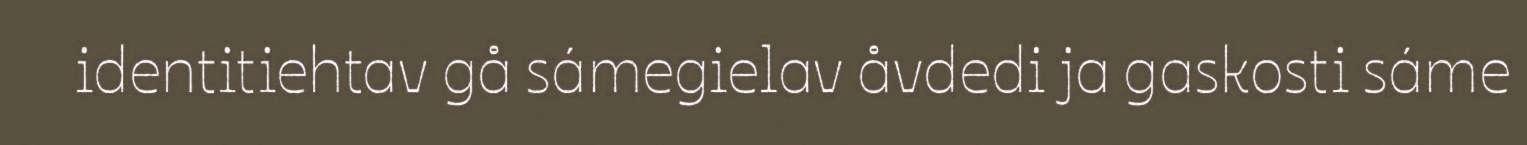
identitiehtav gå sámegielav åvdedi ja gaskosti sáme